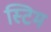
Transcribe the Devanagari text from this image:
स्टिम